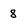
Character: 8